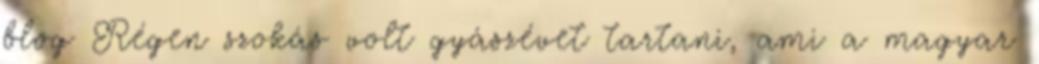
blog Régen szokás volt gyászévet tartani, ami a magyar